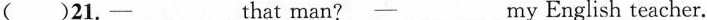
( )21.- ___ that man? - ___ my English teacher.